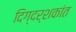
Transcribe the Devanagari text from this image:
दिग्दर्शकांत